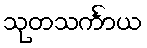
သုတသင်္ကာယ